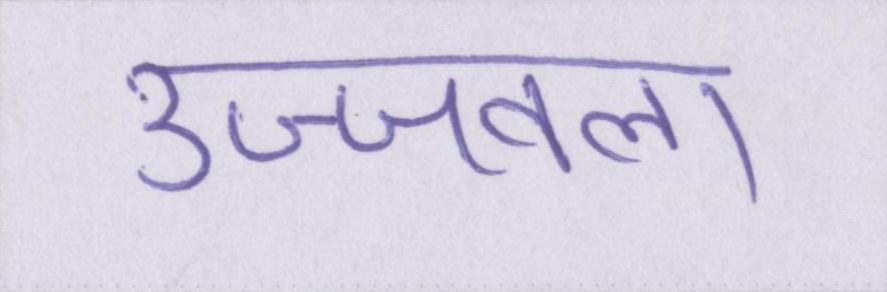
उज्ज्वला